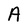
Character: A